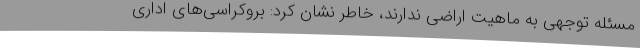
مسئله توجهی به ماهیت اراضی ندارند، خاطر نشان کرد: بروکراسی‌های اداری